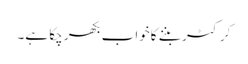
کرکٹر بننے کاخواب بکھر چکا ہے۔